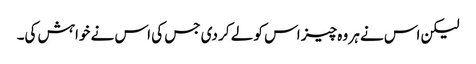
لیکن اس نے ہر وہ چیز اس کو لے کر دی جس کی اس نے خواہش کی۔